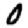
Digit: 0